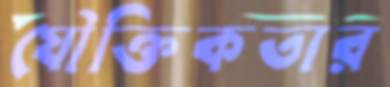
যৌক্তিকতার